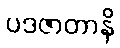
ပဒဇာတာနိ